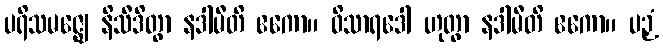
ပရိသမဇ္ဈေ နိသီဒိတွာ နဒါမီတိ ဧကော။ ဝိသာရဒေါ ဟုတွာ နဒါမီတိ ဧကော။ ပဉှံ